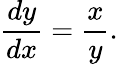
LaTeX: {\frac{dy}{dx}}={\frac{x}{y}}.